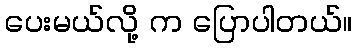
ပေးမယ်လို့ က ပြောပါတယ်။